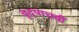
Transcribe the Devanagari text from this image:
वृद्पाचवीं